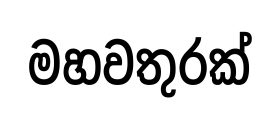
මහවතුරක්